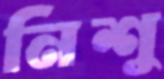
নিশু